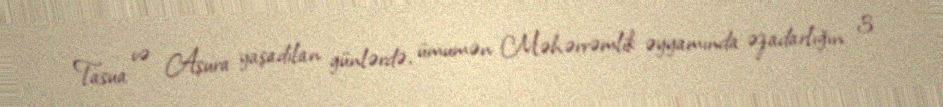
Tasua və Aşura yaşadılan günlərdə, ümumən Məhərrəmlik əyyamında əzadarlığın 3